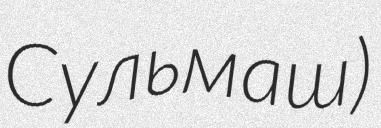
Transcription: Сульмаш)